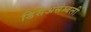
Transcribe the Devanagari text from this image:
डिसअसेम्बली